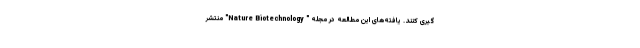
گیری کنند. یافته‌های این مطالعه در مجله " Nature Biotechnology" منتشر